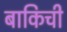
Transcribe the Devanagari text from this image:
बाकिची